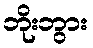
ဘိုးဘွား